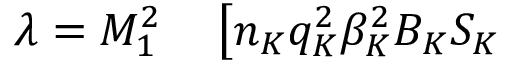
\begin{array} { r } { \begin{array} { r l } { \lambda = M _ { 1 } ^ { 2 } } & { { } \left[ n _ { K } q _ { K } ^ { 2 } \beta _ { K } ^ { 2 } B _ { K } S _ { K } \right. } \end{array} } \end{array}